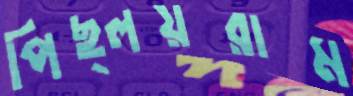
পিছ্‌লয়রাম